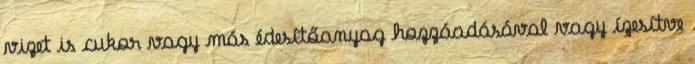
vizet is cukor vagy más édesítőanyag hozzáadásával vagy ízesítve